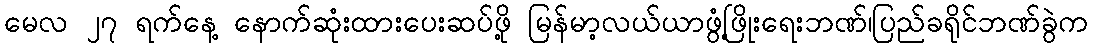
မေလ ၂၇ ရက်နေ့ နောက်ဆုံးထားပေးဆပ်ဖို့ မြန်မာ့လယ်ယာဖွံ့ဖြိုးရေးဘဏ်၊ပြည်ခရိုင်ဘဏ်ခွဲက